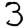
Digit: 3